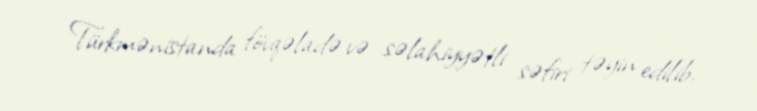
Türkmənistanda fövqəladə və səlahiyyətli səfiri təyin edilib.